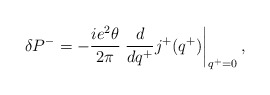
\begin{align*}\delta P^- = -\frac{ie^2\theta}{2\pi}\left. \frac{d}{dq^+} j^+(q^+)\right|_{q^+=0},\end{align*}